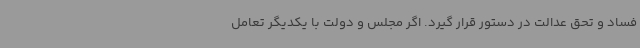
فساد و تحق عدالت در دستور قرار گیرد. اگر مجلس و دولت با یکدیگر تعامل